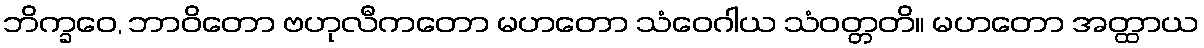
ဘိက္ခဝေ, ဘာဝိတော ဗဟုလီကတော မဟတော သံဝေဂါယ သံဝတ္တတိ။ မဟတော အတ္ထာယ